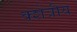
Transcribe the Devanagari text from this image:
क्शेत्रीय